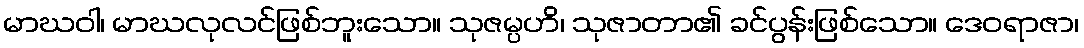
မာဃဝါ၊ မာဃလုလင်ဖြစ်ဘူးသော။ သုဇမ္ပဟိ၊ သုဇာတာ၏ ခင်ပွန်းဖြစ်သော။ ဒေဝရာဇာ၊